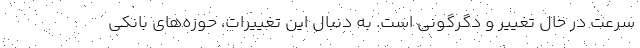
سرعت در حال تغییر و دگرگونی است. به دنبال این تغییرات، حوزه‌های بانکی